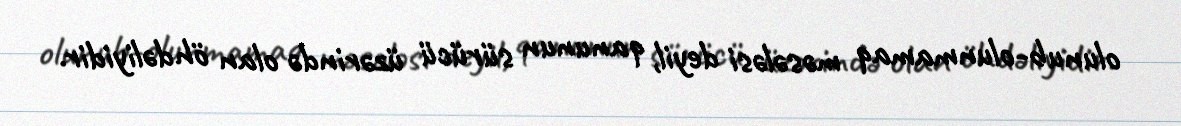
olunub-olunmamaq məsələsi deyil, qanunun sürücü üzərində olan öhdəliyidir.